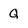
Character: q